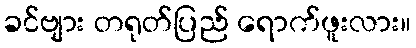
ခင်ဗျား တရုတ်ပြည် ရောက်ဖူးလား။